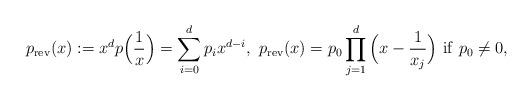
LaTeX: \begin{align*}p_{\rm rev}(x):=x^dp\Big(\frac{1}{x}\Big)=\sum_{i=0}^dp_ix^{d-i},~p_{\rm rev}(x)=p_0\prod_{j=1}^d\Big(x-\frac{1}{x_j}\Big)~{\rm if}~p_0\neq 0,\end{align*}